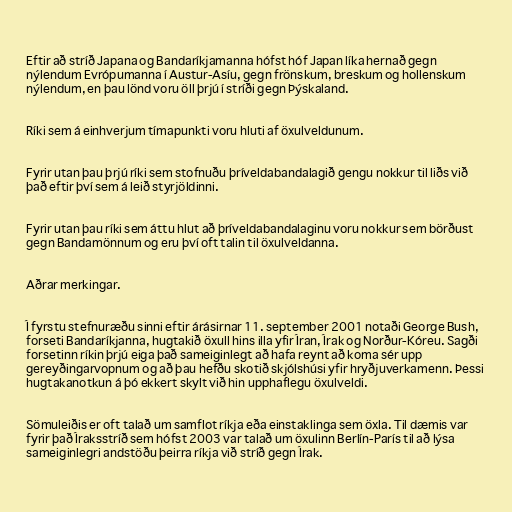
Eftir að stríð Japana og Bandaríkjamanna hófst hóf Japan líka hernað gegn
nýlendum Evrópumanna í Austur-Asíu, gegn frönskum, breskum og hollenskum
nýlendum, en þau lönd voru öll þrjú í stríði gegn Þýskaland.

Ríki sem á einhverjum tímapunkti voru hluti af öxulveldunum.

Fyrir utan þau þrjú ríki sem stofnuðu þríveldabandalagið gengu nokkur til liðs við
það eftir því sem á leið styrjöldinni.

Fyrir utan þau ríki sem áttu hlut að þríveldabandalaginu voru nokkur sem börðust
gegn Bandamönnum og eru því oft talin til öxulveldanna.

Aðrar merkingar.

Í fyrstu stefnuræðu sinni eftir árásirnar 11. september 2001 notaði George Bush,
forseti Bandaríkjanna, hugtakið öxull hins illa yfir Íran, Írak og Norður-Kóreu. Sagði
forsetinn ríkin þrjú eiga það sameiginlegt að hafa reynt að koma sér upp
gereyðingarvopnum og að þau hefðu skotið skjólshúsi yfir hryðjuverkamenn. Þessi
hugtakanotkun á þó ekkert skylt við hin upphaflegu öxulveldi.

Sömuleiðis er oft talað um samflot ríkja eða einstaklinga sem öxla. Til dæmis var
fyrir það Íraksstríð sem hófst 2003 var talað um öxulinn Berlín-París til að lýsa
sameiginlegri andstöðu þeirra ríkja við stríð gegn Írak.